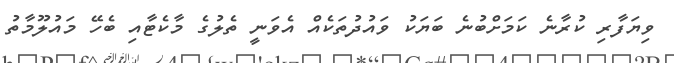
ވިޔަފާރި ކުރާނެ ކަމަށްބުނެ ބަޔަކު ވައުދުތަކެއް އެވަނީ ތެލުގެ މާކެޓާއި ބެހޭ މައުލޫމާތު